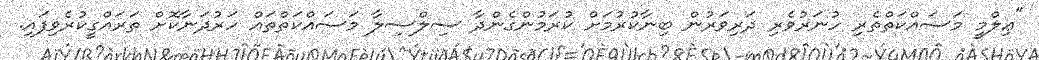
"ޢިލްމީ މަސައްކަތްތެރި ހުނަރުވެރި ދަރިވަރުން ބިނާކުރުމަށް ކުރަމުންގެންދާ ސިލްސިލާ މަސައްކަތްތައް ހަރުދަނާކޮށް ތަރައްގީކުރެވިފައި.